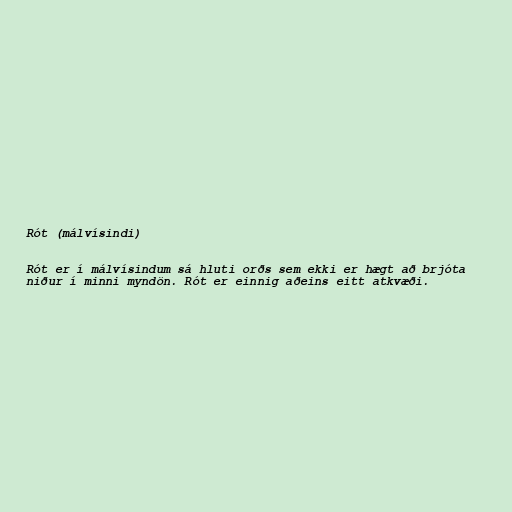
Rót (málvísindi)

Rót er í málvísindum sá hluti orðs sem ekki er hægt að brjóta
niður í minni myndön. Rót er einnig aðeins eitt atkvæði.